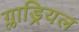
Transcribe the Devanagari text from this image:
ग्लाड्रियल